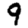
Digit: 9